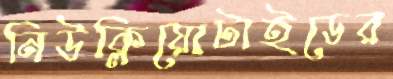
নিউক্লিয়োটাইডের